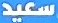
سعيد